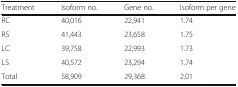
| Treatment | Isoform no. | Gene no. | Isoform per gene |
 | --- | --- | --- | --- |
 | RC | 40,016 | 22,941 | 1.74 |
 | RS | 41,443 | 23,658 | 1.75 |
 | LC | 39,758 | 22,993 | 1.73 |
 | LS | 40,572 | 23,294 | 1.74 |
 | Total | 58,909 | 29,368 | 2.01 |